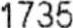
1735